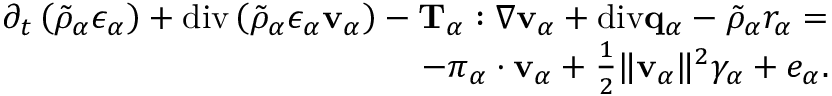
\begin{array} { r } { \partial _ { t } \left( \tilde { \rho } _ { \alpha } \epsilon _ { \alpha } \right) + \mathrm { d i v } \left( \tilde { \rho } _ { \alpha } \epsilon _ { \alpha } \mathbf { v } _ { \alpha } \right) - \mathbf { T } _ { \alpha } : \nabla \mathbf { v } _ { \alpha } + \mathrm { d i v } \mathbf { q } _ { \alpha } - \tilde { \rho } _ { \alpha } r _ { \alpha } = } \\ { - \boldsymbol { \pi } _ { \alpha } \cdot \mathbf { v } _ { \alpha } + \frac { 1 } { 2 } \| \mathbf { v } _ { \alpha } \| ^ { 2 } \gamma _ { \alpha } + e _ { \alpha } . } \end{array}